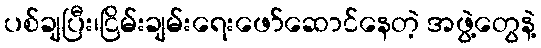
ပစ်ချပြီး၊ငြိမ်းချမ်းရေးဖော်ဆောင်နေတဲ့ အဖွဲ့တွေနဲ့